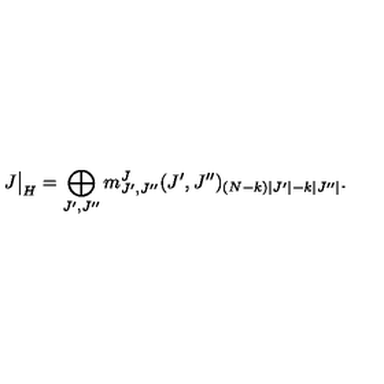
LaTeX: J \bigr | _ { H } = \bigoplus _ { J ^ { \prime } , J ^ { \prime \prime } } m _ { J ^ { \prime } , J ^ { \prime \prime } } ^ { J } ( J ^ { \prime } , J ^ { \prime \prime } ) _ { ( N - k ) | J ^ { \prime } | - k | J ^ { \prime \prime } | } .